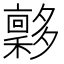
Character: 𡗋